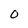
Character: 0